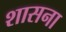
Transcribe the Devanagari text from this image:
शासना